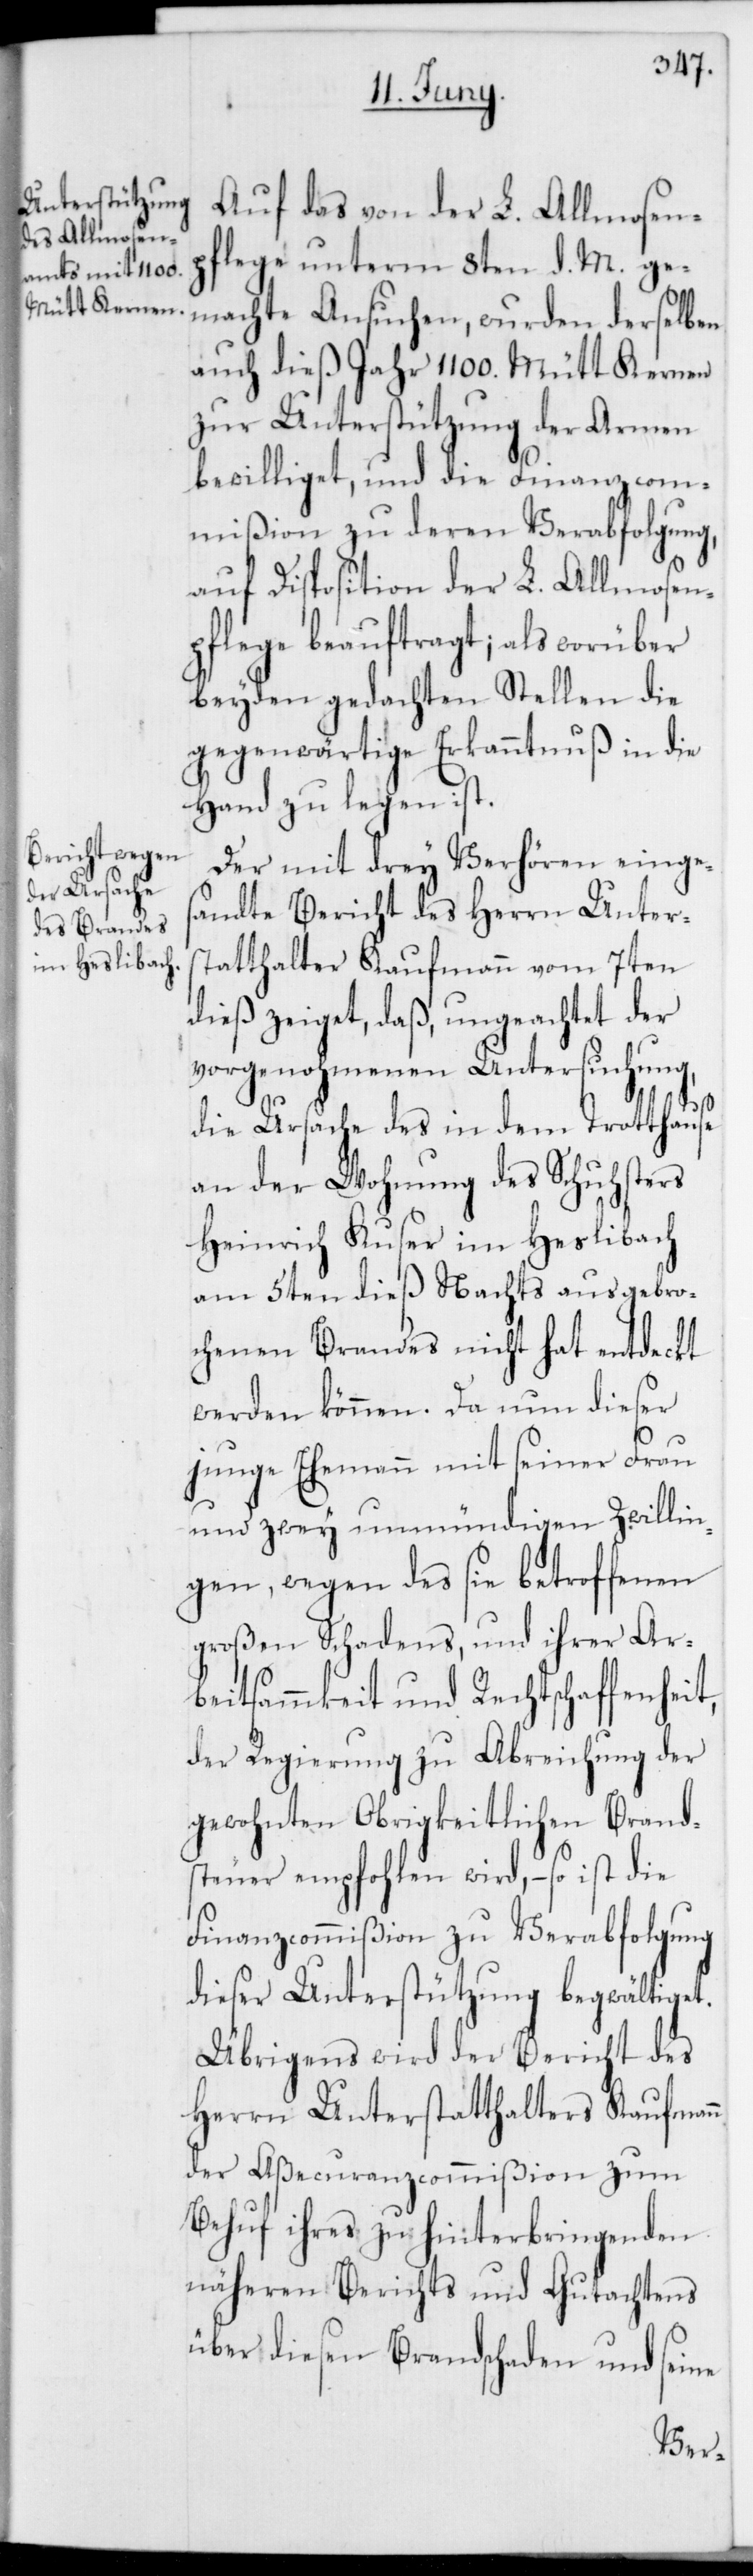
Auf das von der L. Allmosenp¬
flege unterm 8ten d. M. ge¬
machte Ansuchen, wurden derselben
auch dieß Jahr 1100. Mütt Kernen
zur Unterstützung der Armen
bewilliget, und die Finanzcom¬
mißion zu deren Verabfolgung
auf Disposition der L. Allmosen¬
pflege beauftragt; als worüber
beyden gedachten Stellen die
gegenwärtige Erkanntnuß in die
Hand zu legen ist.
Der mit drey Verhören einges¬
andte Bericht des Herrn Unters¬
tatthalter Kaufmann vom 7ten
dieß zeiget, daß, ungeachtet der
vorgenohmenen Untersuchung,
die Ursache des in dem Trotthause
an der Wohnung des Schuhsters
Heinrich Kuser im Heslibach
am 5ten dieß nachts ausgebro¬
chenen Brandes nicht hat entdeckt
werden können. Da nun dieser
junge Ehemann mit seiner Frau
und zwey unmündigen Zwillin¬
gen, wegen des sie betroffenen
großen Schadens, und ihrer Ar¬
beitsammkeit und Rechtschaffenheit,
der Regierung zu Abreichung der
gewohnten Obrigkeitlichen Brand¬
steuer empfohlen wird, – so ist die
Finanzcommißion zu Verabfolgung
dieser Unterstützung begwältiget.
Übrigens wird der Bericht des
Herrn Unterstatthalters Kaufmann
der Aßecuranzcommißion zum
Behuf ihres zu hinterbringenden
näheren Berichts und Gutachtens
über diesen Brandschaden und seine